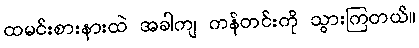
ထမင်းစားနားထဲ အခါကျ ကန်တင်းကို သွားကြတယ်။